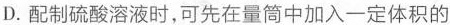
D.配制硫酸溶液时，可先在量筒中加入一定体积的